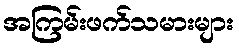
အကြမ်းဖက်သမားများ